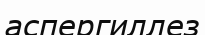
аспергиллез